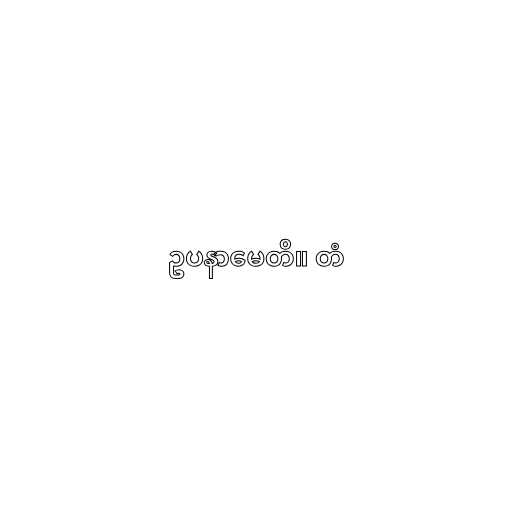
ဥပနာမေတိ။ တံ